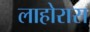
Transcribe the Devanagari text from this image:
लाहोरास